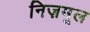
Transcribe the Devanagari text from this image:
निज़मूल